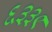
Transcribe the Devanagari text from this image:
६३३९